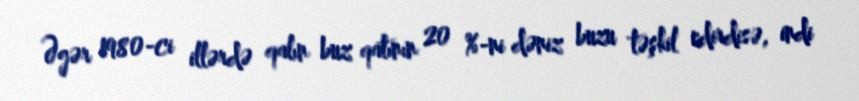
Əgər 1980-ci illərdə qalın buz qatının 20 %-ni dəniz buzu təşkil edirdisə, indi